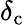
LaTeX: \delta_{\mathrm{c}}